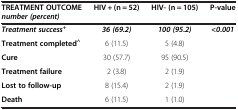
<table><thead><tr><td><b>TREATMENT OUTCOME <i>number (percent)</i></b></td><td><b>HIV + (n = 52)</b></td><td><b>HIV- (n = 105)</b></td><td><b>P-value</b></td></tr></thead><tbody><tr><td><b><i>Treatment success</i></b><sup><b>+</b></sup></td><td><b><i>36 (69.2)</i></b></td><td><b><i>100 (95.2)</i></b></td><td><b><i>&lt;0.001</i></b></td></tr><tr><td><b>Treatment completed</b><sup><b>^</b></sup></td><td>6 (11.5)</td><td>5 (4.8)</td><td> </td></tr><tr><td><b>Cure</b></td><td>30 (57.7)</td><td>95 (90.5)</td><td> </td></tr><tr><td><b>Treatment failure</b></td><td>2 (3.8)</td><td>2 (1.9)</td><td> </td></tr><tr><td><b>Lost to follow-up</b></td><td>8 (15.4)</td><td>2 (1.9)</td><td> </td></tr><tr><td><b>Death</b></td><td>6 (11.5)</td><td>1 (1.0)</td><td> </td></tr></tbody></table>